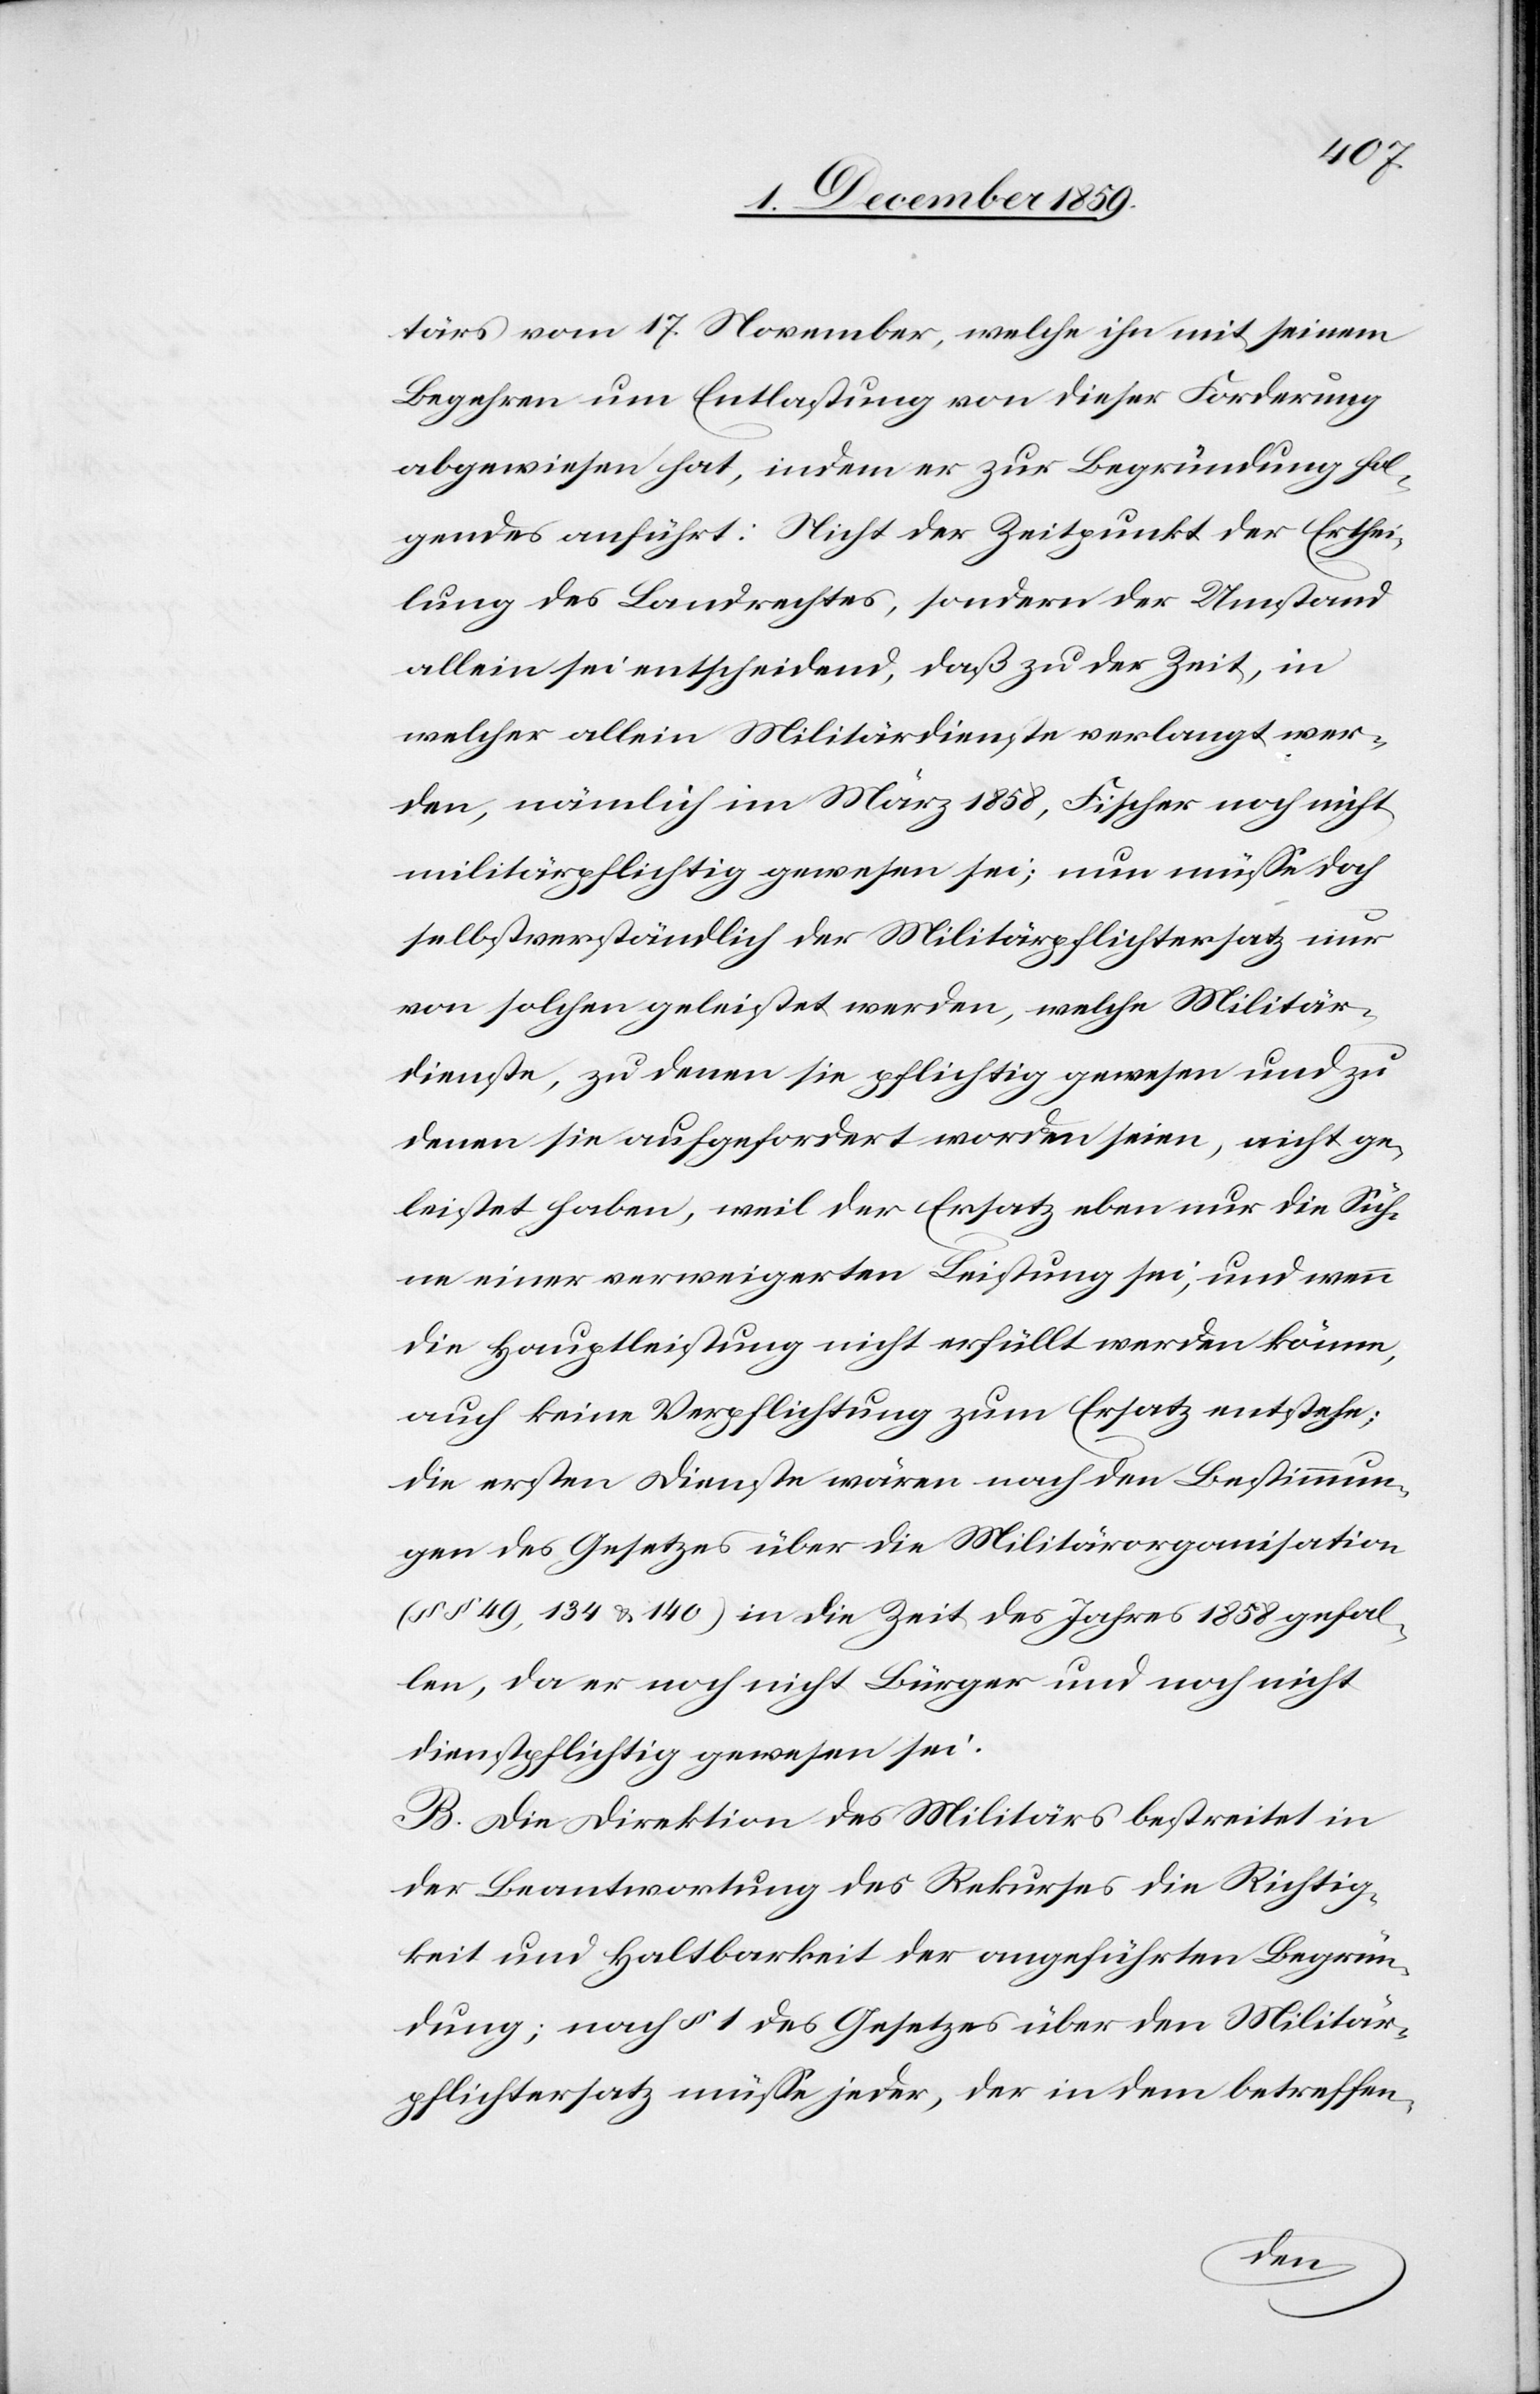
tärs vom 17. November, welche ihn mit seinem
Begehren um Entlastung von dieser Forderung
abgewiesen hat, indem er zur Begründung fol¬
gendes anführt: Nicht der Zeitpunkt der Erthei¬
lung des Landrechtes, sondern der Umstand
allein sei entscheidend, daß zu der Zeit, in
welcher allein Militärdienste verlangt wer¬
den, nämlich im Marz 1858, Fischer noch nicht
militärpflichtig gewesen sei; nun müsse doch
selbstverständlich der Militärpflichtersatz nur
von solchen geleistet werden, welche Militär¬
dienste, zu denen sie pflichtig gewesen und zu
denen sie aufgefordert worden seien, nicht ge¬
leistet haben, weil der Ersatz eben nur die Süh¬
ne einer verweigerten Leistung sei, und wenn
die Hauptleistung nicht erfüllt werden könne,
auch keine Verpflichtung zum Ersatz entstehe;
die ersten Dienste wären nach den Bestimmun¬
gen des Gesetzes über die Militärorganisation
(§§ 49, 134 & 140) in die Zeit des Jahres 1858 gefal¬
len, da er noch nicht Bürger und noch nicht
Dienstpflichtig gewesen sei.
B. Die Direktion des Militärs bestreitet in
der Beantwortung des Rekurses die Richtig¬
keit und Haltbarkeit der angeführten Begrün¬
dung; nach § 1 des Gesetzes über den Militär¬
pflichtersatz müsse jeder, der in dem betreffen-